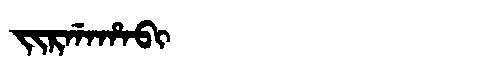
Manchu: ᠵᡳᡵᡤᠠᡥᠠᠪᡳ
Romanization: JIRGAHABI